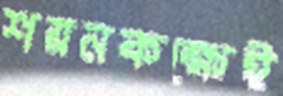
শয়নকক্ষেই